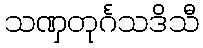
သဏှတုင်္ဂသဒိသီ